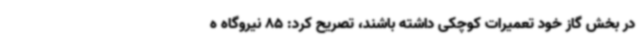
در بخش گاز خود تعمیرات کوچکی داشته باشند، تصریح کرد: 85 نیروگاه ه